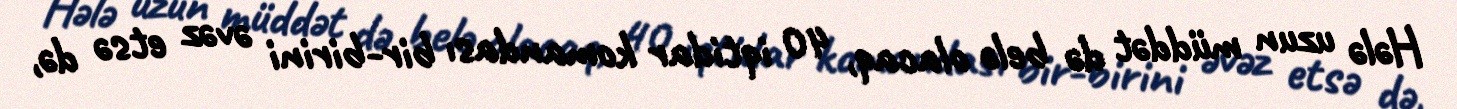
Hələ uzun müddət də belə olacaq, 40 iqtidar komandası bir-birini əvəz etsə də,